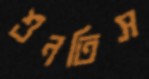
শুনতিস